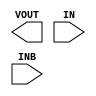
(* blackbox *) module SLC(
  output VOUT,
  input IN,
  input INB
);
endmodule
(* keep_hierarchy *)
(* blackbox *) module HEADER(
  inout VIN
);
parameter dont_touch = "on";
endmodule